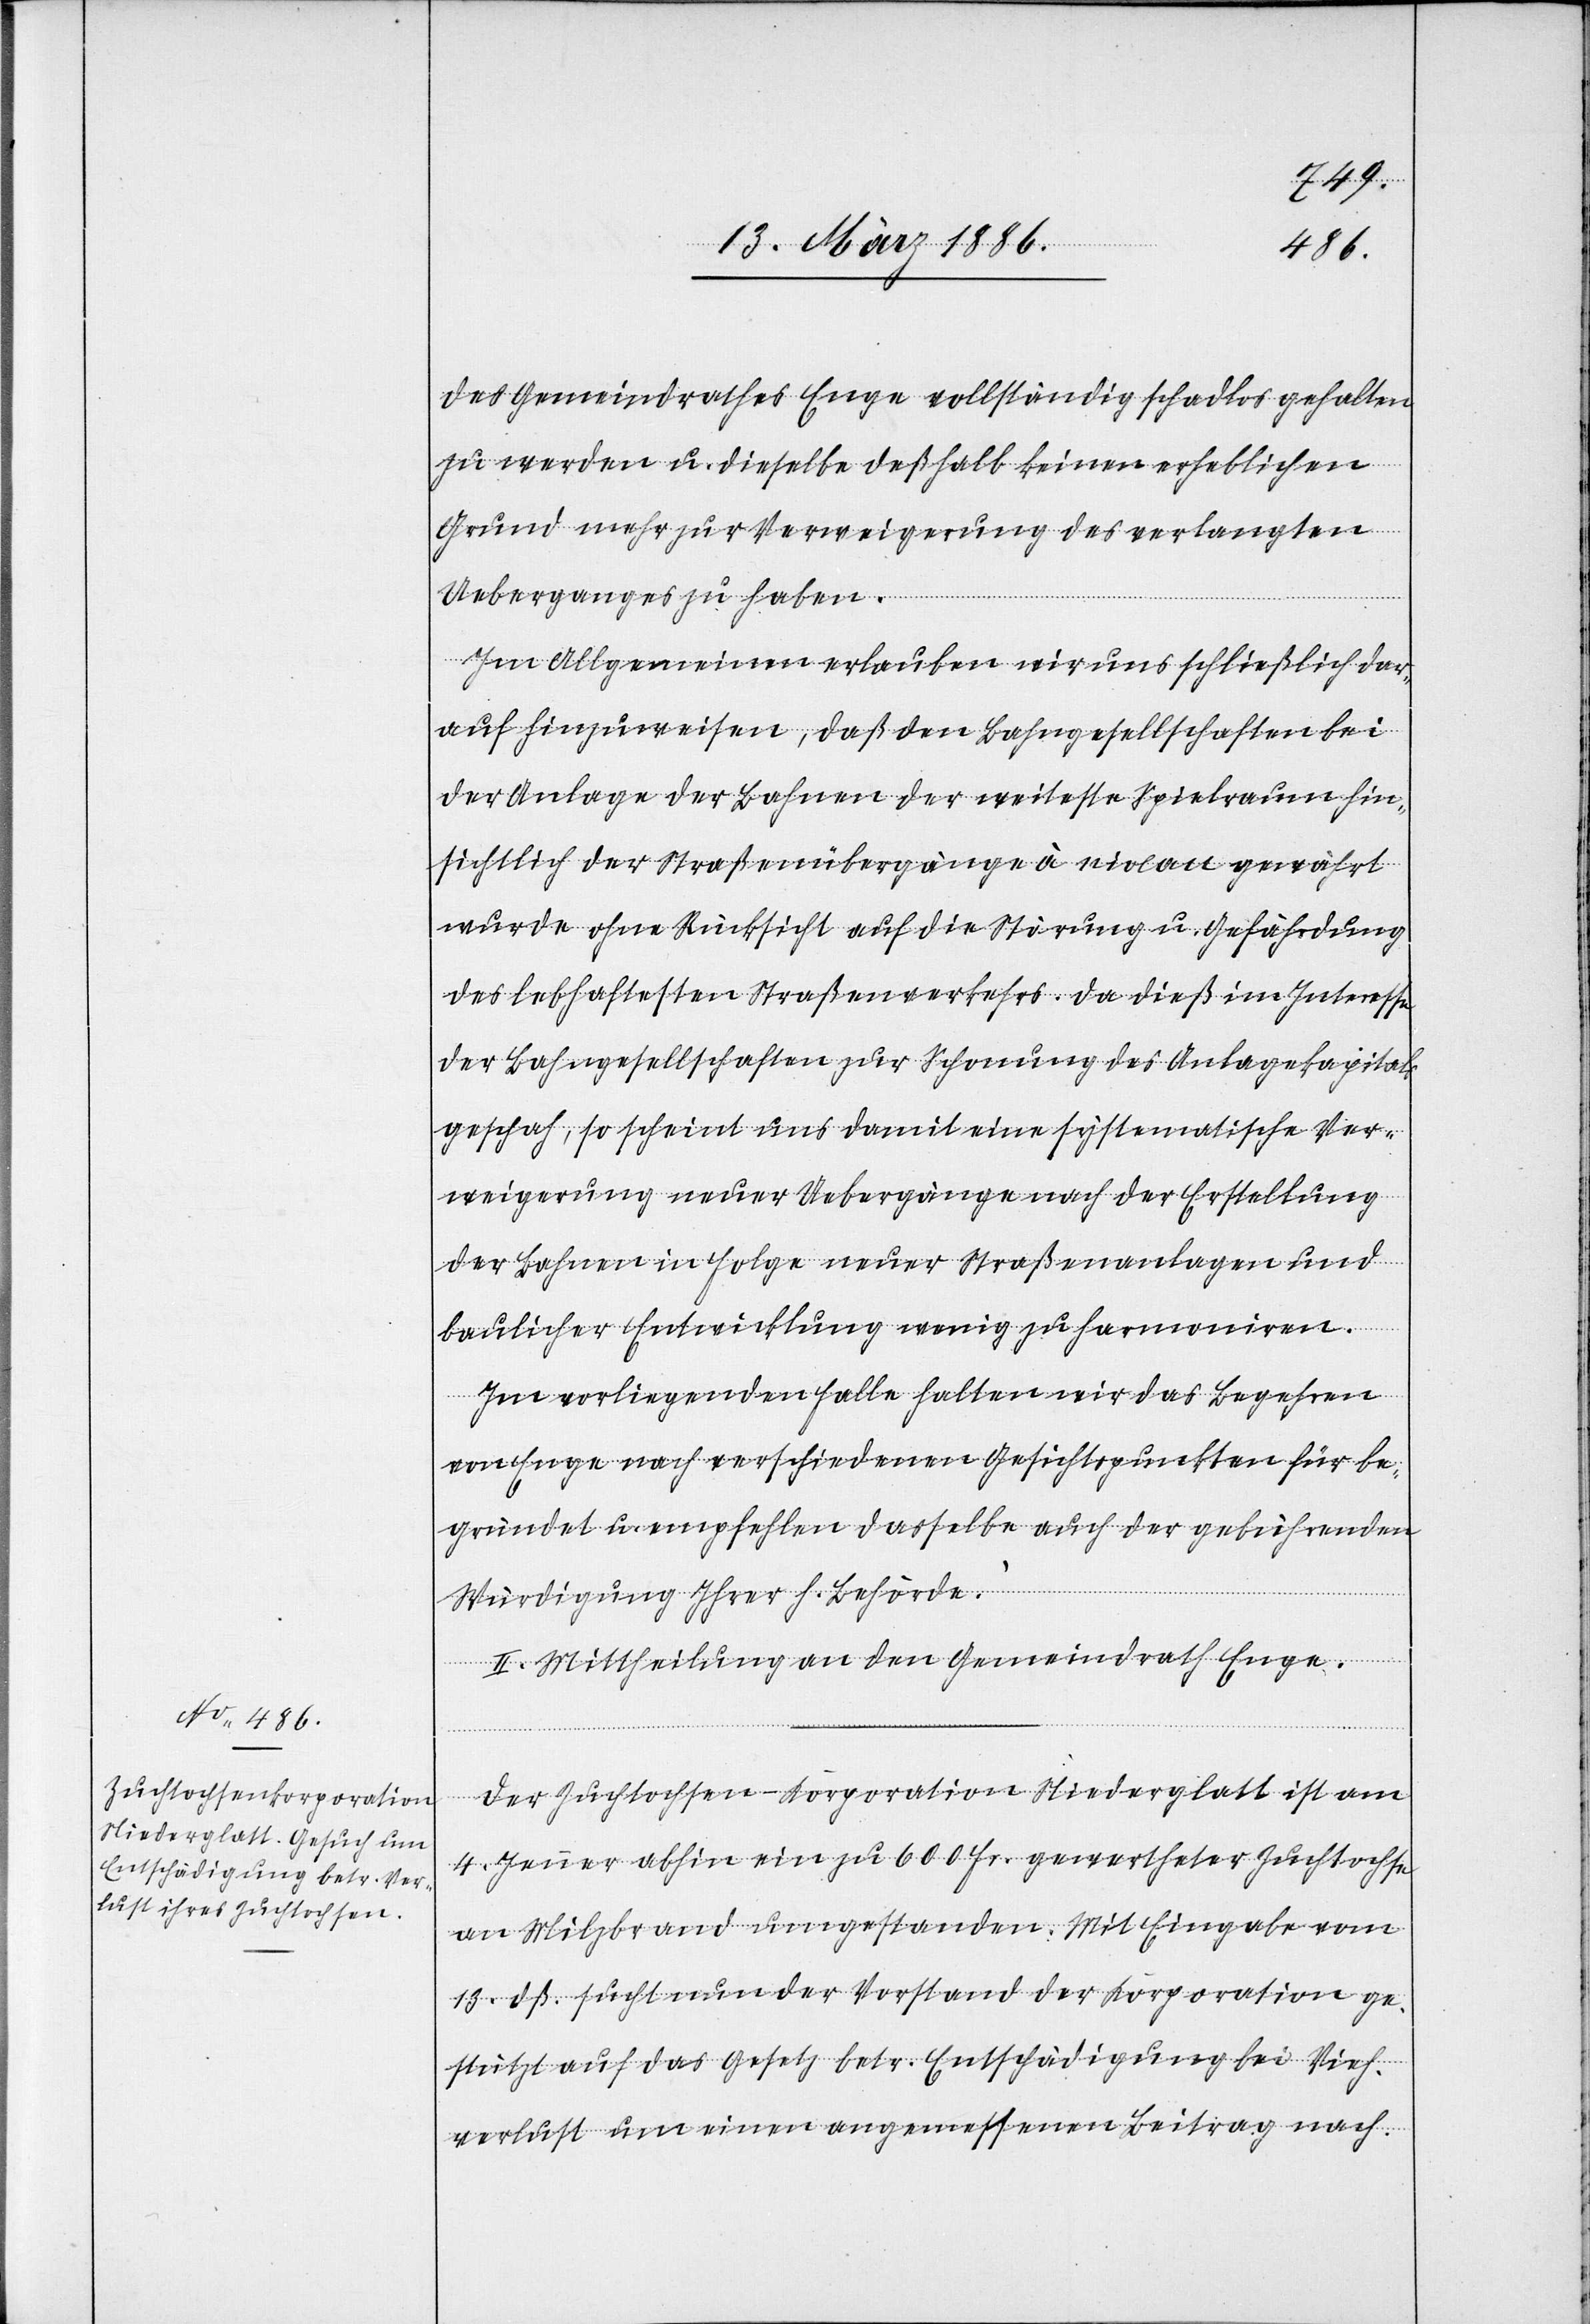
des Gemeindrathes Enge vollständig schadlos gehalten
zu werden u. dieselbe deßhalb keinen erheblichen
Grund mehr zur Verweigerung des verlangten
Ueberganges zu haben.
Im Allgemeinen erlauben wir uns schließlich dar¬
auf hinzuweisen, daß den Bahngesellschaften bei
der Anlage der Bahnen der weiteste Spielraum hin¬
sichtlich der Straßenübergänge à niveau gewährt
wurde ohne Rücksicht auf die Störung u. Gefährdung
des lebhaftesten Straßenverkehres. Da dieß im Interesse
der Bahngesellschaften zur Schonung des Anlagekapitals
geschah, so scheint uns damit eine systematische Ver¬
weigerung neuer Uebergänge nach der Erstellung
der Bahnen in Folge neuer Straßenanlagen und
baulicher Entwicklung wenig zu harmoniren.
Im vorliegenden Falle halten wir das Begehren
von Enge nach verschiedenen Gesichtspunkten für be¬
gründet u. empfehlen dasselbe auch der gebührenden
Würdigung Ihrer h. Behörde.“
II. Mittheilung an den Gemeindrath Enge.
Der Zuchtochsen-Korporation Niederglatt ist am
4. Jenner abhin ein zu 600 Fr. gewertheter Zuchtochse
an Milzbrand umgestanden. Mit Eingabe vom
13. dß. sucht nun der Vorstand der Korporation ge¬
stützt auf das Gesetz betr. Entschädigung bei Vieh¬
verlust um einen angemessenen Beitrag nach.